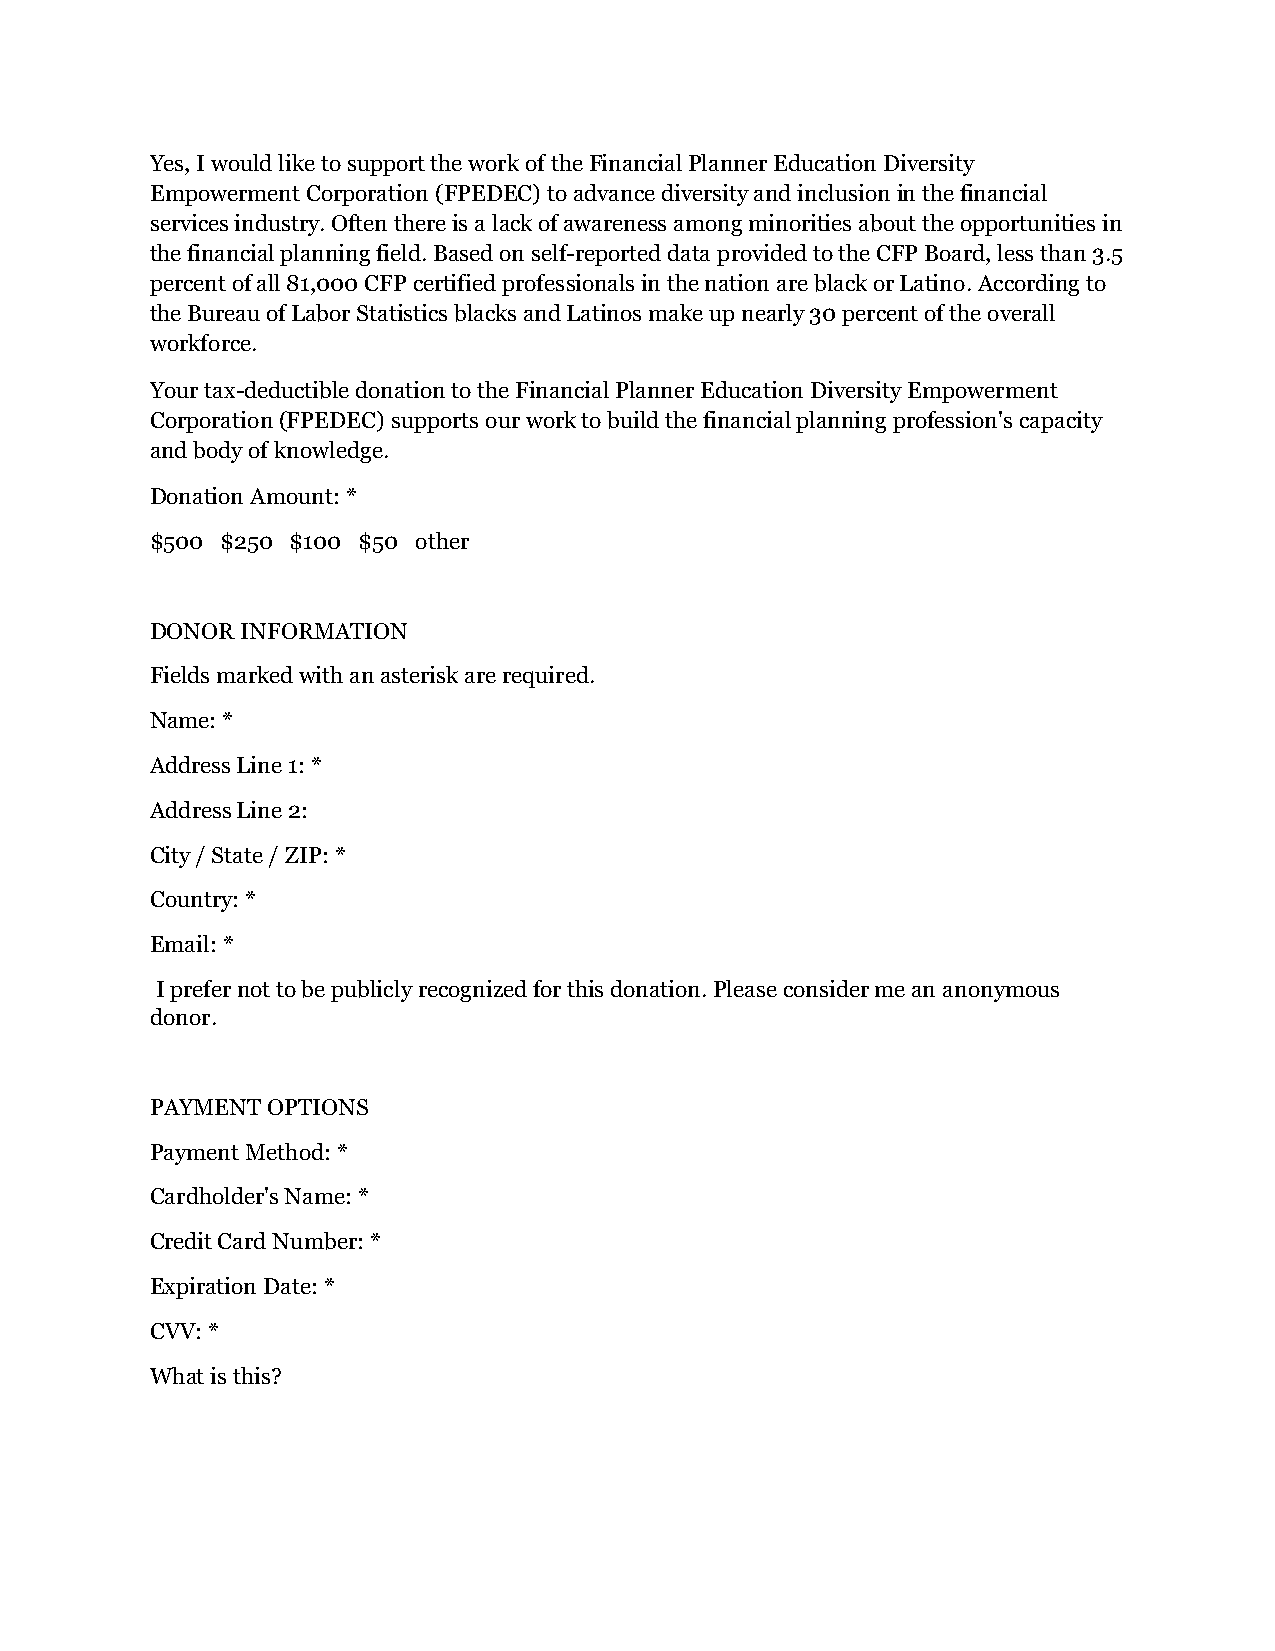
Yes, I would like to support the work of the Financial Planner Education Diversity
 Empowerment Corporation (FPEDEC) to advance diversity and inclusion in the financial
 services industry. Often there is a lack of awareness among minorities about the opportunities in
 the financial planning field. Based on self-reported data provided to the CFP Board, less than 3.5
 percent of all 81,000 CFP certified professionals in the nation are black or Latino. According to
 the Bureau of Labor Statistics blacks and Latinos make up nearly 30 percent of the overall
 workforce.
 Your tax-deductible donation to the Financial Planner Education Diversity Empowerment
 Corporation (FPEDEC) supports our work to build the financial planning profession's capacity
 and body of knowledge.
 Donation Amount: *
 $500 $250 $100 $50 other
 DONOR INFORMATION
 Fields marked with an asterisk are required.
 Name: *
 Address Line 1: *
 Address Line 2:
 City / State / ZIP: *
 Country: *
 Email: *
 I prefer not to be publicly recognized for this donation. Please consider me an anonymous
 donor.
 PAYMENT OPTIONS
 Payment Method: *
 Cardholder's Name: *
 Credit Card Number: *
 Expiration Date: *
 CVV: *
 What is this?